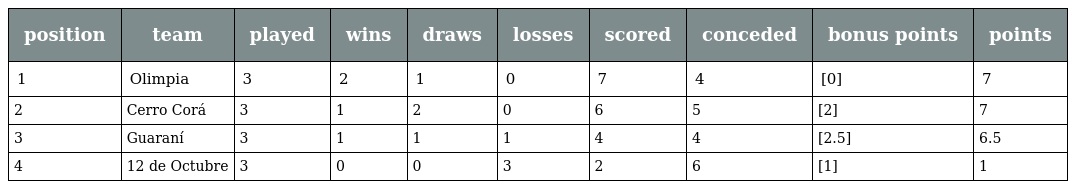
| position | team | played | wins | draws | losses | scored | conceded | bonus points | points |
 | --- | --- | --- | --- | --- | --- | --- | --- | --- | --- |
 | 1 | Olimpia | 3 | 2 | 1 | 0 | 7 | 4 | [0] | 7 |
 | 2 | Cerro Corá | 3 | 1 | 2 | 0 | 6 | 5 | [2] | 7 |
 | 3 | Guaraní | 3 | 1 | 1 | 1 | 4 | 4 | [2.5] | 6.5 |
 | 4 | 12 de Octubre | 3 | 0 | 0 | 3 | 2 | 6 | [1] | 1 |